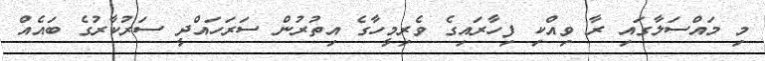
މި މައްސަލާގައި ރާ ވިއްކި ފިހާރައިގެ ވެރިމީހާގެ އިތުރުން ސަރަހައްދީ ސަރުކާރުގެ ބައެއް